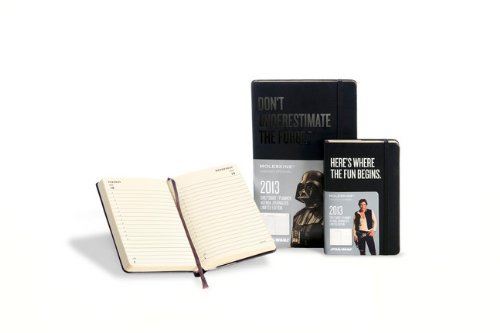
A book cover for Moleskine 2013 Star Wars Limited Edition Daily Planner, 12 Month, Large , Black, Hard Cover (5 x 8.25) (Planners & Datebooks); Moleskine; Calendars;